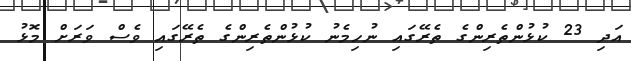
އަދި 23 ކުޅުންތެރިންގެ ތެރޭގައި ނުހިމެނު ކުޅުންތެރިންގެ ތެރޭގައި ވެސް ވަރަށް މޮޅު